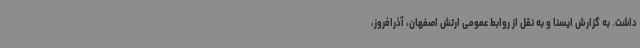
داشت. به گزارش ایسنا و به نقل از روابط عمومی ارتش اصفهان، آذرافروز،